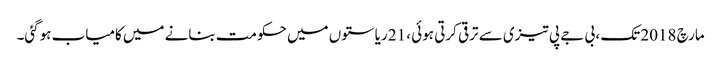
مارچ 2018 تک ، بی جے پی تیزی سے ترقی کرتی ہوئی ، 21 ریاستوں میں حکومت بنانے میں کامیاب ہوگئی۔